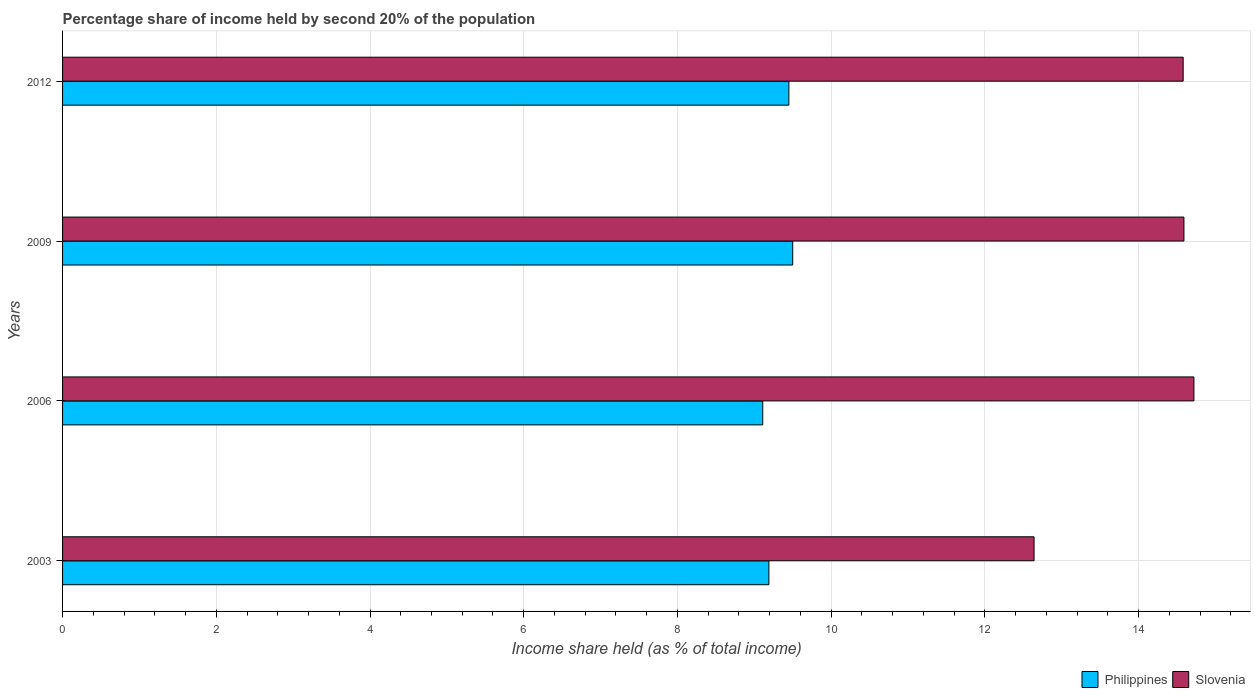
| Years | Philippines | Slovenia |
 | --- | --- | --- |
 | 2003 | 9.19 | 12.6 |
 | 2006 | 9.11 | 14.7 |
 | 2009 | 9.5 | 14.6 |
 | 2012 | 9.45 | 14.6 |